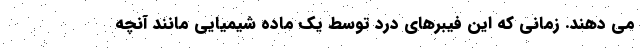
می دهند. زمانی که این فیبرهای درد توسط یک ماده شیمیایی مانند آنچه